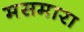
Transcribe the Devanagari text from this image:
मसमारा